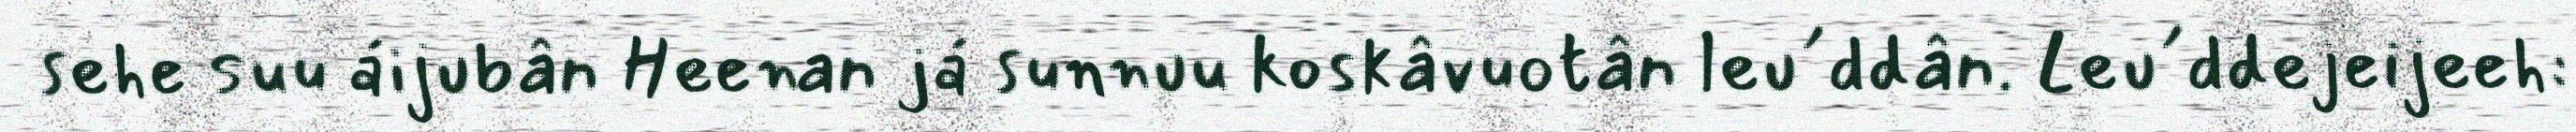
sehe suu áijubân Heenan já sunnuu koskâvuotân leu´ddân. Leu´ddejeijeeh: